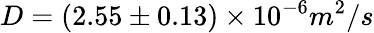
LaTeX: D=(2.55\pm 0.13)\times 10^{-6}m^{2}/s